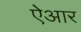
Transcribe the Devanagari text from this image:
ऐआर